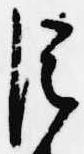
臣